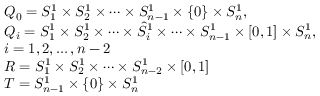
\begin{array} { r l } & { Q _ { 0 } = S _ { 1 } ^ { 1 } \times S _ { 2 } ^ { 1 } \times \dots \times S _ { n - 1 } ^ { 1 } \times \lbrace 0 \rbrace \times S _ { n } ^ { 1 } , } \\ & { Q _ { i } = S _ { 1 } ^ { 1 } \times S _ { 2 } ^ { 1 } \times \dots \times \hat { S } _ { i } ^ { 1 } \times \dots \times S _ { n - 1 } ^ { 1 } \times \lbrack 0 , 1 \rbrack \times S _ { n } ^ { 1 } , } \\ & { i = 1 , 2 , \dots , n - 2 } \\ & { R = S _ { 1 } ^ { 1 } \times S _ { 2 } ^ { 1 } \times \dots \times S _ { n - 2 } ^ { 1 } \times \lbrack 0 , 1 \rbrack } \\ & { T = S _ { n - 1 } ^ { 1 } \times \lbrace 0 \rbrace \times S _ { n } ^ { 1 } } \end{array}